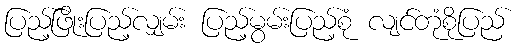
ပြည့်ဖြိုးပြည့်လျှမ်း ပြည့်မွမ်းပြည့်စုံ လျင်တုံစိုပြည်